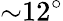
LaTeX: {\sim}12^{\circ}